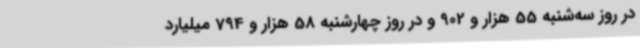
در روز سه‌شنبه 55 هزار و 902 و در روز چهارشنبه 58 هزار و 794 میلیارد